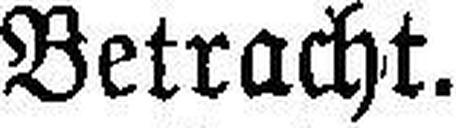
Betracht.